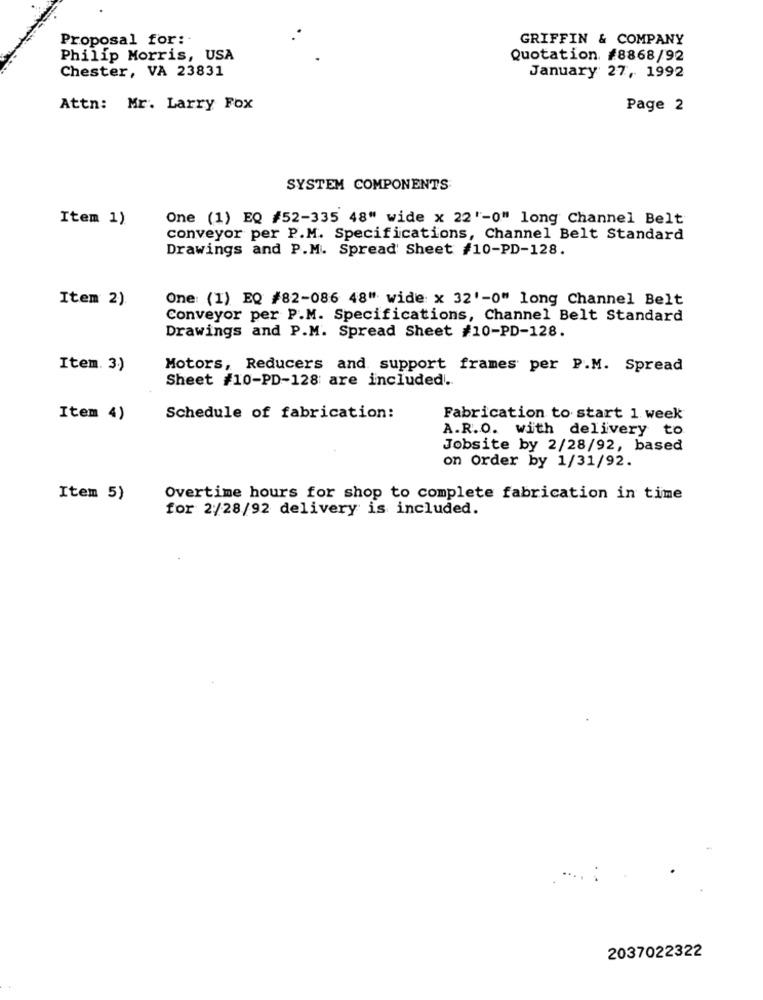
Proposal for :.
GRIFFIN & COMPANY
Philip Morris, USA
Quotation #8868/92
Chester, VA 23831
January 27, 1992
Attn: Mr. Larry Fox
Page 2
SYSTEM COMPONENTS
Item 1)
One (1) EQ #52-335 48" wide x 22'-0" long Channel Belt
conveyor per P.M. Specifications, Channel Belt Standard
Drawings and P.M. Spread Sheet #10-PD-128.
Item 2)
One: (1) EQ #82-086 48" wide x 32'-0" long Channel Belt
Conveyor per P.M. Specifications, Channel Belt Standard
Drawings and P.M. Spread Sheet #10-PD-128.
Item. 3)
Motors, Reducers and support frames per P.M. Spread
Sheet #10-PD-128 are included.
Item 4)
Schedule of fabrication:
Fabrication to start 1 week
A.R.O. with delivery to
Jobsite by 2/28/92, based
on Order by 1/31/92.
Item 5)
Overtime hours for shop to complete fabrication in time
for 2/28/92 delivery is included.
2037022322